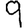
Digit: 9